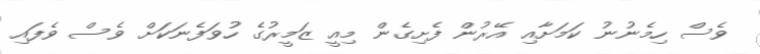
ވެސް ހިމެނުނު ކަމަށާއި އޭރުން ފެށިގެން މިއީ ޒަމީރުގެ ހުވަފެނަކަށް ވެސް ވެފައި